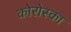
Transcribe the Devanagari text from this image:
कोरोस्का